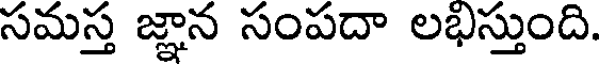
సమస్త జ్ఞాన సంపదా లభిస్తుంది.